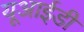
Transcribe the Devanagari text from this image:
यूआईडी